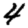
Digit: 4